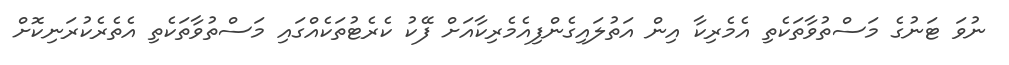
ނުވަ ޓަނުގެ މަސްތުވާތަކެތި އެމެރިކާ އިން އަތުލައިގެންފިއެމެރިކާއަށް ފޭކު ކެރެޓުތަކެއްގައި މަސްތުވާތަކެތި އެތެރެކުރަނިކޮށް